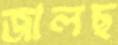
জালছ